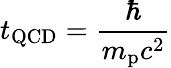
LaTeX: t_{\mathrm{QCD}}={\frac{\hbar}{m_{\mathrm{p}}c^{2}}}